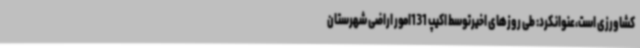
کشاورزی است،عنوانکرد: طی روزهای اخیرتوسط اکیپ 131امور اراضی شهرستان